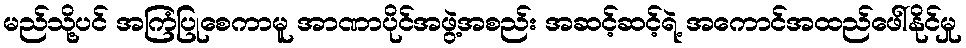
မည်သို့ပင် အကြံပြုစေကာမူ အာဏာပိုင်အဖွဲ့အစည်း အဆင့်ဆင့်ရဲ့ အကောင်အထည်ဖေါ်နိုင်မှု